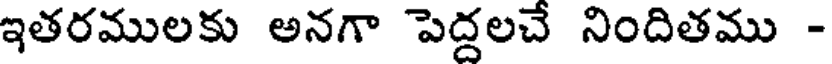
ఇతరములకు అనగా పెద్దలచే నిందితము -